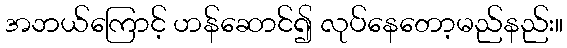
အဘယ်ကြောင့် ဟန်ဆောင်၍ လုပ်နေတော့မည်နည်း။